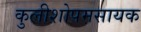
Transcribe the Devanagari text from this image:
कुलीशोपमसायक